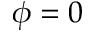
\phi = 0